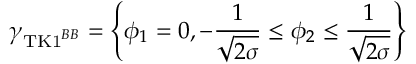
\gamma _ { \mathrm { T K 1 } ^ { B B } } = \left\{ \phi _ { 1 } = 0 , - \frac { 1 } { \sqrt { 2 \sigma } } \leq \phi _ { 2 } \leq \frac { 1 } { \sqrt { 2 \sigma } } \right\}